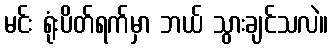
မင်း ရုံးပိတ်ရက်မှာ ဘယ် သွားချင်သလဲ။